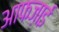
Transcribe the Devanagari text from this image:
आफज़ाई